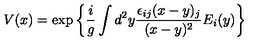
V ( x ) = \exp \left\{ \frac { i } { g } \int d ^ { 2 } y \frac { \epsilon _ { i j } ( x - y ) _ { j } } { ( x - y ) ^ { 2 } } E _ { i } ( y ) \right\}